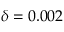
\delta = 0 . 0 0 2